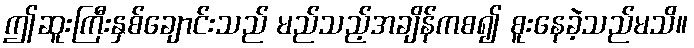
ဤဆူးကြီးနှစ်ချောင်းသည် မည်သည့်အချိန်ကစ၍ စူးနေခဲ့သည်မသိ။